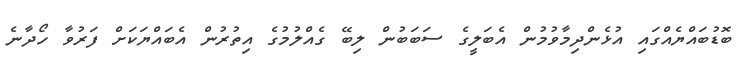
ބޮޑުބައްޔެއްގައި އުޅެންދިމާވުމުން އެބަލީގެ ސަބަބުން ލިބޭ ގެއްލުމުގެ އިތުރުން އެބައްޔަކަށް ފަރުވާ ހޯދާނެ